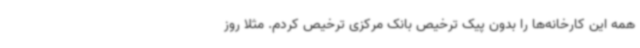
همه این کارخانه‌ها را بدون پیک ترخیص بانک مرکزی ترخیص کردم. مثلا روز